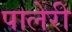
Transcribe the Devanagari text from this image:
पालेरी